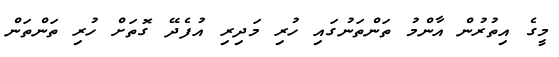
މީގެ އިތުރުން އާންމު ތަންތަނުގައި ހުރި މަދިރި އުފެދޭ ގޮތަށް ހުރި ތަންތަން